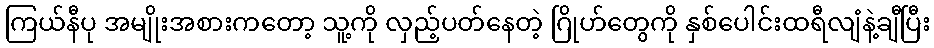
ကြယ်နီပု အမျိုးအစားကတော့ သူ့ကို လှည့်ပတ်နေတဲ့ ဂြိုဟ်တွေကို နှစ်ပေါင်းထရီလျံနဲ့ချီပြီး